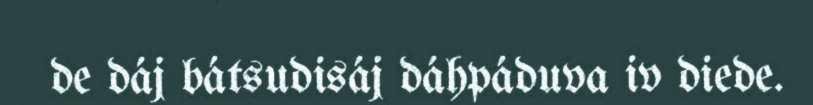
de dáj bátsudisáj dáhpáduva iv diede.